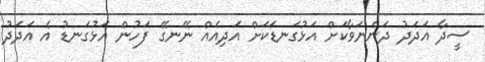
ސީދާ އަދަދު ދަންނަވާކަށް އަޅުގަނޑަކަށް އަދިއެއް ނޭނގޭ ފަހުން އަޅުގަނޑު އެ އަދަދު